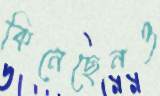
কিনেছেনও